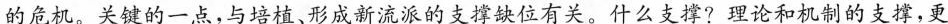
的危机。关键的一点，与培植、形成新流派的支撑缺位有关。什么支撑?理论和机制的支撑，更